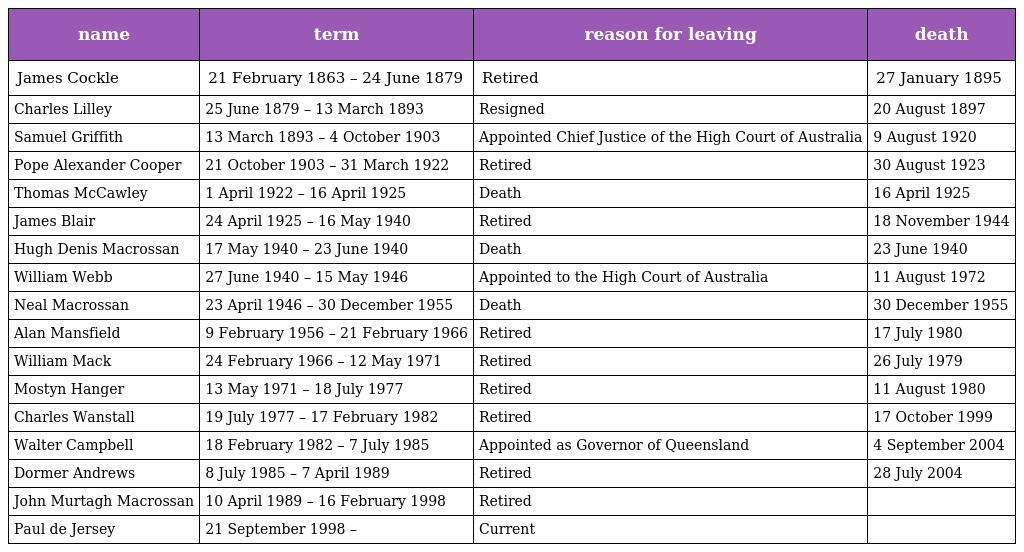
| name | term | reason for leaving | death |
 | --- | --- | --- | --- |
 | James Cockle | 21 February 1863 – 24 June 1879 | Retired | 27 January 1895 |
 | Charles Lilley | 25 June 1879 – 13 March 1893 | Resigned | 20 August 1897 |
 | Samuel Griffith | 13 March 1893 – 4 October 1903 | Appointed Chief Justice of the High Court of Australia | 9 August 1920 |
 | Pope Alexander Cooper | 21 October 1903 – 31 March 1922 | Retired | 30 August 1923 |
 | Thomas McCawley | 1 April 1922 – 16 April 1925 | Death | 16 April 1925 |
 | James Blair | 24 April 1925 – 16 May 1940 | Retired | 18 November 1944 |
 | Hugh Denis Macrossan | 17 May 1940 – 23 June 1940 | Death | 23 June 1940 |
 | William Webb | 27 June 1940 – 15 May 1946 | Appointed to the High Court of Australia | 11 August 1972 |
 | Neal Macrossan | 23 April 1946 – 30 December 1955 | Death | 30 December 1955 |
 | Alan Mansfield | 9 February 1956 – 21 February 1966 | Retired | 17 July 1980 |
 | William Mack | 24 February 1966 – 12 May 1971 | Retired | 26 July 1979 |
 | Mostyn Hanger | 13 May 1971 – 18 July 1977 | Retired | 11 August 1980 |
 | Charles Wanstall | 19 July 1977 – 17 February 1982 | Retired | 17 October 1999 |
 | Walter Campbell | 18 February 1982 – 7 July 1985 | Appointed as Governor of Queensland | 4 September 2004 |
 | Dormer Andrews | 8 July 1985 – 7 April 1989 | Retired | 28 July 2004 |
 | John Murtagh Macrossan | 10 April 1989 – 16 February 1998 | Retired |  |
 | Paul de Jersey | 21 September 1998 – | Current |  |